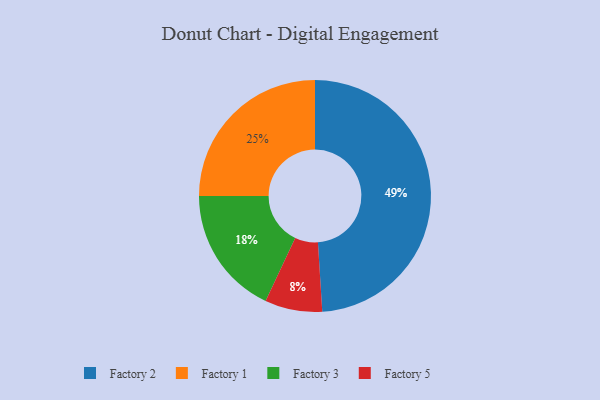
{"axis": {"x": "Category", "y": "Percentage"}, "legend": ["Factory 1", "Factory 2", "Factory 3", "Factory 5"], "data": [{"x": "Factory 3", "y": 18, "type": "Factory 3"}, {"x": "Factory 5", "y": 8, "type": "Factory 5"}, {"x": "Factory 1", "y": 25, "type": "Factory 1"}, {"x": "Factory 2", "y": 49, "type": "Factory 2"}]}